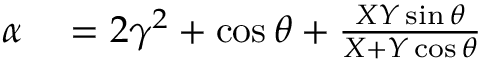
\begin{array} { r l } { \alpha } & { { } = 2 \gamma ^ { 2 } + \cos \theta + \frac { X Y \sin \theta } { X + Y \cos \theta } } \end{array}